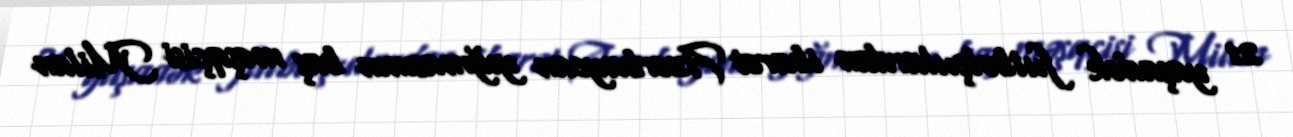
21 yaşadək futbolçulardan ibarət Azərbaycan yığmasının baş məşqçisi Milan